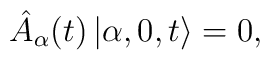
\hat{A}_\alpha (t) \left|\alpha, 0, t \right> = 0,